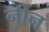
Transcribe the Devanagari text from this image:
नीन